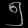
Digit: ၅